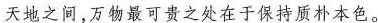
天地之间，万物最可贵之处在于保持质朴本色。